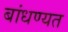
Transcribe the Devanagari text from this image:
बांधण्यत